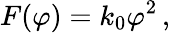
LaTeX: F(\varphi)=k_{0}{\varphi}^{2}\, ,